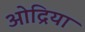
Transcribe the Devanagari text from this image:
ओद्रिया